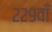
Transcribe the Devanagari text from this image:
२२९वाँ